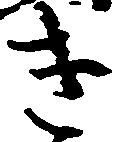
き